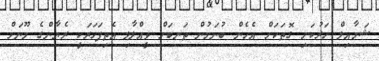
ޝަމާއިލް ހަރުކަށި ގޮތަކަށް އެހެން ބުނަމުން ތަނބަށް ވީއްލާލި އެތިފަހަރަކީ ރެޔާންގެ މޫނަށް